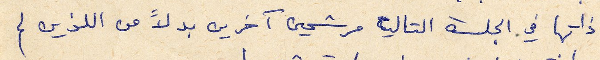
ذاتها في الجلسة التالية مرشحين آخرين بدلاً من اللذين لم